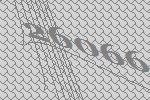
26066